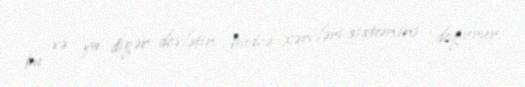
bu və ya digər dövlətin büdcə xərcləri sistemini doğurur.